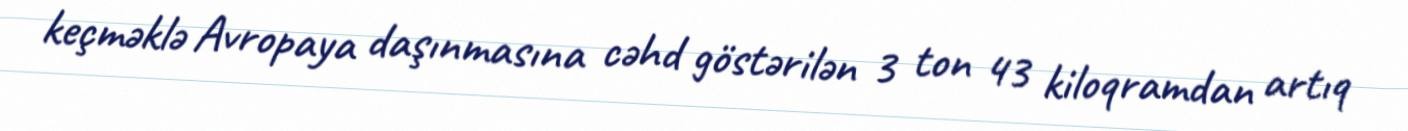
keçməklə Avropaya daşınmasına cəhd göstərilən 3 ton 43 kiloqramdan artıq